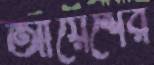
আয়েশের